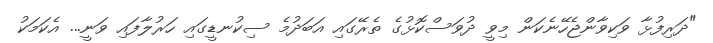
"ދަރިފުޅާ ވަކިވާންޖެހޭނެކަން މިވީ ދުވަސްކޮޅުގެ ތެރޭގައި އަބަދުމެ ސިކުނޑީގައި ހަރުލާފައި ވަނީ... އެކަމަކު